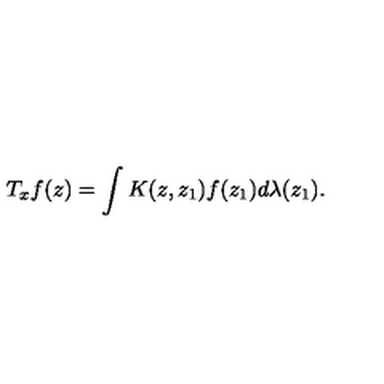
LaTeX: T _ { x } f ( z ) = \int K ( z , z _ { 1 } ) f ( z _ { 1 } ) d \lambda ( z _ { 1 } ) .